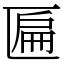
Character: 匾